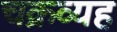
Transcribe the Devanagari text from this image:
चक्रव्यह